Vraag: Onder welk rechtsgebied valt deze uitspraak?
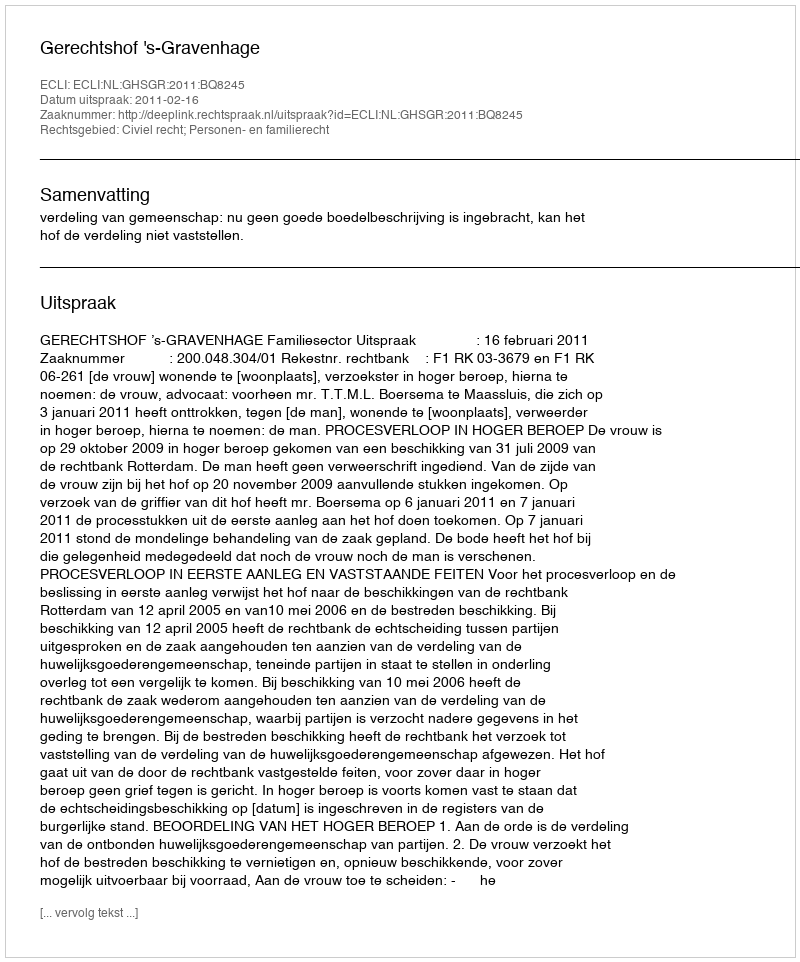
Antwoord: Civiel recht; Personen- en familierecht